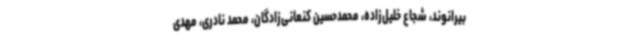
بیرانوند، شجاع خلیل‌زاده، محمدحسین کنعانی‌زادگان، محمد نادری، مهدی